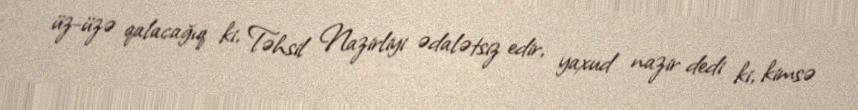
üz-üzə qalacağıq ki, Təhsil Nazirliyi ədalətsiz edir, yaxud nazir dedi ki, kimsə